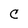
Character: C